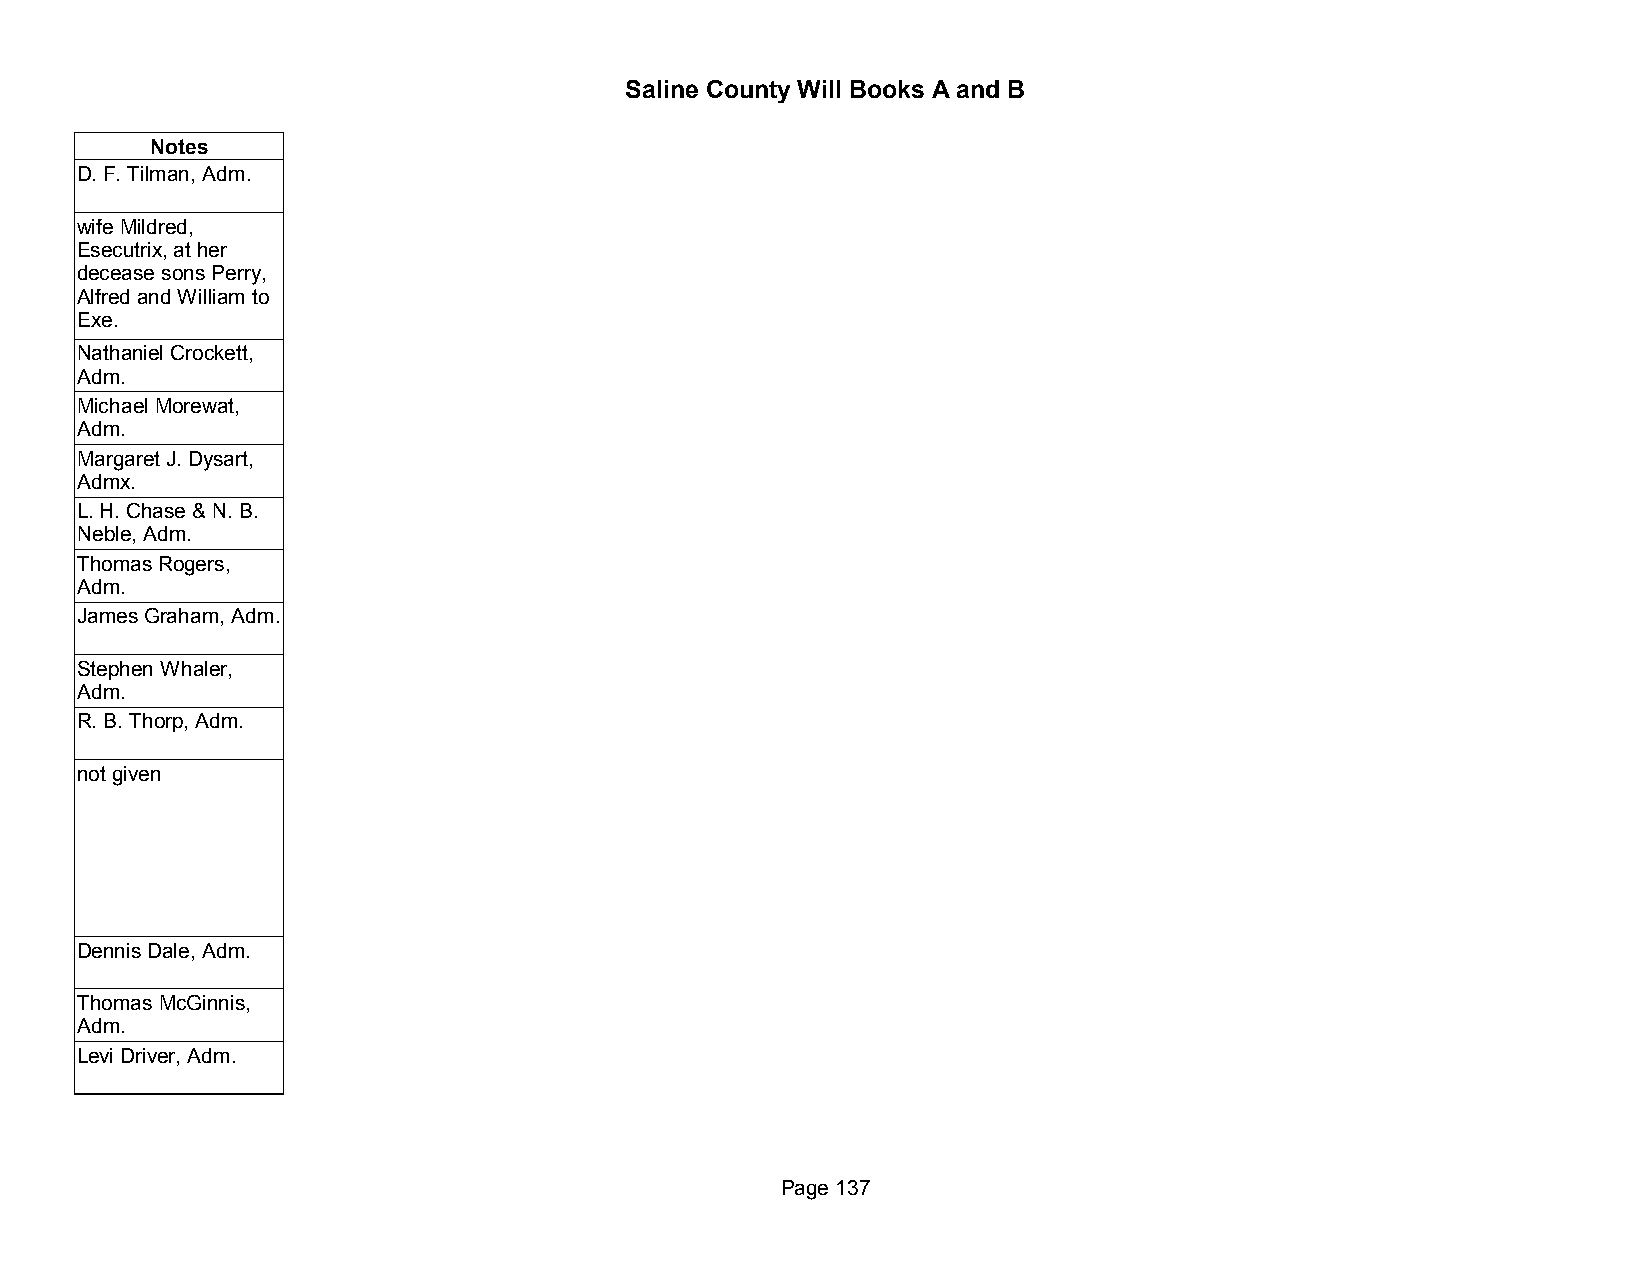
Saline County Will Books A and B
 Notes
 D. F. Tilman, Adm.
 wife Mildred,
 Esecutrix, at her
 decease sons Perry,
 Alfred and William to
 Exe.
 Nathaniel Crockett,
 Adm.
 Michael Morewat,
 Adm.
 Margaret J. Dysart,
 Admx.
 L. H. Chase & N. B.
 Neble, Adm.
 Thomas Rogers,
 Adm.
 James Graham, Adm.
 Stephen Whaler,
 Adm.
 R. B. Thorp, Adm.
 not given
 Dennis Dale, Adm.
 Thomas McGinnis,
 Adm.
 Levi Driver, Adm.
 Page 137